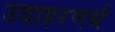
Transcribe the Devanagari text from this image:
उदाहरणर्थ